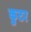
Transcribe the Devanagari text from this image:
कुटर